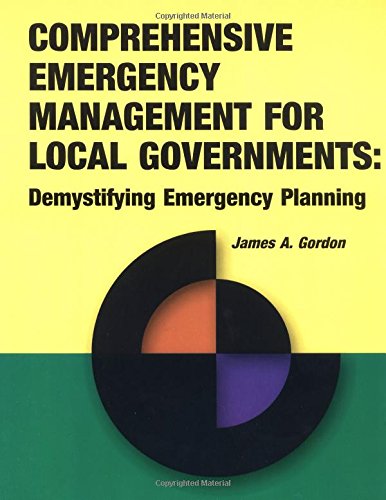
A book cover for Comprehensive Emergency Management for Local Governments: Demystifying Emergency Planning; James A. Gordon; Business & Money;